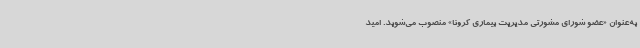
به‌عنوان «عضو شورای مشورتی مدیریت بیماری کرونا» منصوب می‌شوید. امید